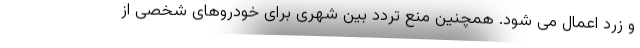
و زرد اعمال می شود. همچنین منع تردد بین شهری برای خودروهای شخصی از